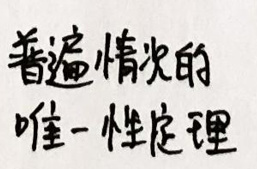
普遍情状的唯一性定理